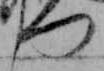
つ